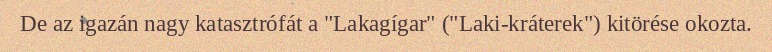
De az igazán nagy katasztrófát a "Lakagígar" ("Laki-kráterek") kitörése okozta.